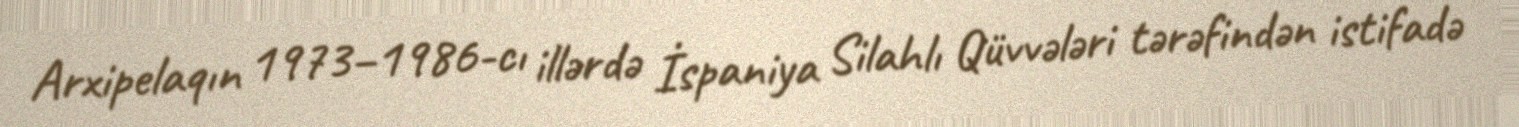
Arxipelaqın 1973–1986-cı illərdə İspaniya Silahlı Qüvvələri tərəfindən istifadə